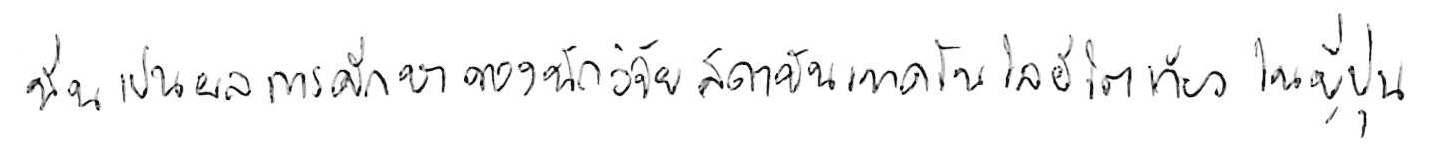
นั่นเป็นผลการศึกษาของนักวิจัยสถาบันเทคโนโลยีโตเกียว ในญี่ปุ่น